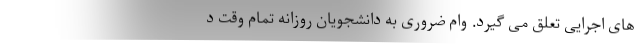
های اجرایی تعلق می گیرد. وام ضروری به دانشجویان روزانه تمام وقت د